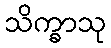
သိက္ခာသု